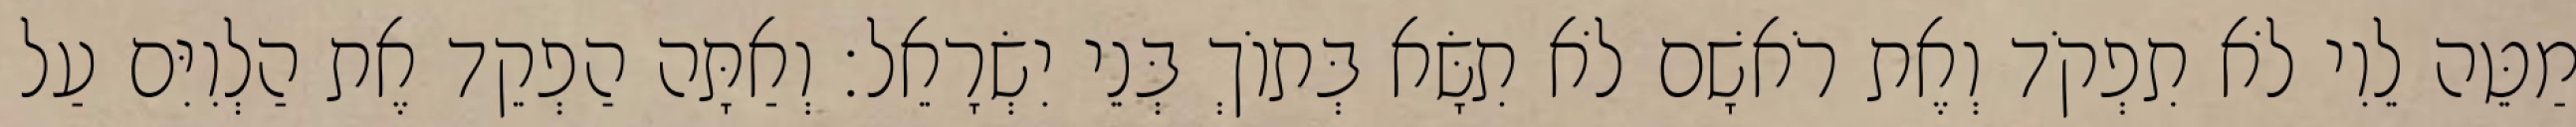
מַטֵּה לֵוִי לֹא תִפְקֹד וְאֶת רֹאשָׁם לֹא תִשָּׂא בְּתוֹךְ בְּנֵי יִשְׂרָאֵל׃ וְאַתָּה הַפְקֵד אֶת הַלְוִיִּם עַל